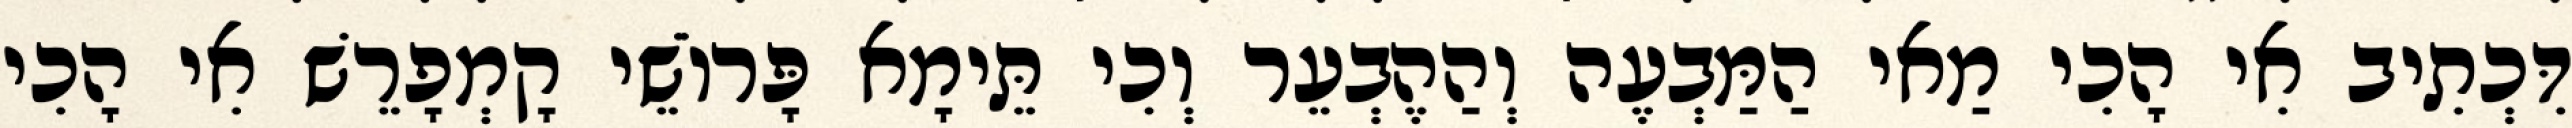
דִּכְתִיב אִי הָכִי מַאי הַמַּבְעֶה וְהַהֶבְעֵר וְכִי תֵּימָא פָּרוֹשֵׁי קָמְפָרֵשׁ אִי הָכִי